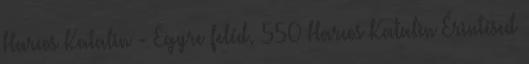
Harcos Katalin - Egyre feléd. 550 Harcos Katalin Érintésed